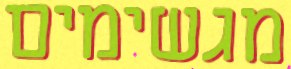
מגשימים